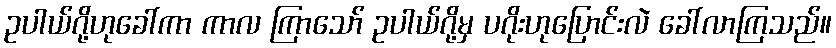
ဥပါယ်ဂို့ဟုခေါ်ကာ ကာလ ကြာသော် ဥပါယ်ဂို့မှ ပဂိုးဟုပြောင်းလဲ ခေါ်လာကြသည်။